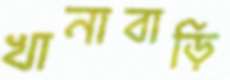
খানাবাড়ি